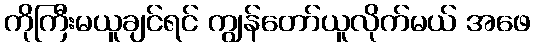
ကိုကြီးမယူချင်ရင် ကျွန်တော်ယူလိုက်မယ် အဖေ